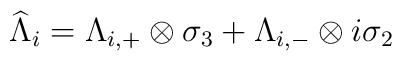
\widehat{\Lambda}_i=\Lambda_{i,+}\otimes \sigma_3+\Lambda_{i,-}\otimes i\sigma_2